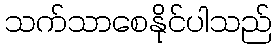
သက်သာစေနိုင်ပါသည်